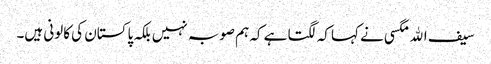
سیف اﷲ مگسی نے کہا کہ لگتا ہے کہ ہم صوبہ نہیں بلکہ پاکستان کی کالونی ہیں۔